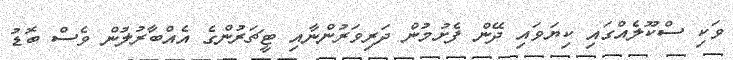
ވަކި ސްކޫލެއްގައި ކިޔަވައި ދޭން ފެށުމުން ދަރިވަރުންނާއި ޓީޗަރުންގެ އެއްބާރުލުން ވެސް ބޮޑު